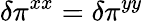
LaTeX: \delta\pi^{xx}=\delta\pi^{yy}